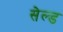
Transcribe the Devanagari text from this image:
सेल्ड